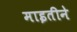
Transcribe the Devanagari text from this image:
माइतीने